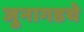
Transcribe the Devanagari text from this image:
जुनागडचे